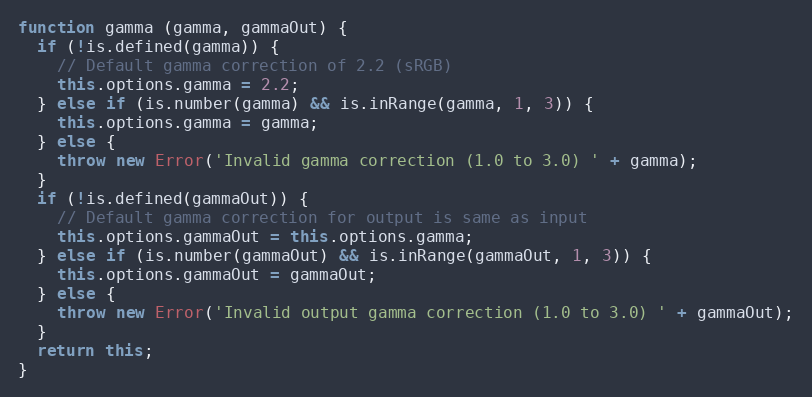
Language: JavaScript
function gamma (gamma, gammaOut) {
  if (!is.defined(gamma)) {
    // Default gamma correction of 2.2 (sRGB)
    this.options.gamma = 2.2;
  } else if (is.number(gamma) && is.inRange(gamma, 1, 3)) {
    this.options.gamma = gamma;
  } else {
    throw new Error('Invalid gamma correction (1.0 to 3.0) ' + gamma);
  }
  if (!is.defined(gammaOut)) {
    // Default gamma correction for output is same as input
    this.options.gammaOut = this.options.gamma;
  } else if (is.number(gammaOut) && is.inRange(gammaOut, 1, 3)) {
    this.options.gammaOut = gammaOut;
  } else {
    throw new Error('Invalid output gamma correction (1.0 to 3.0) ' + gammaOut);
  }
  return this;
}